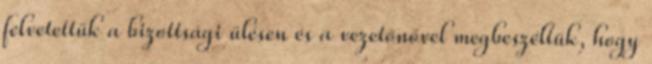
felvetettük a bizottsági ülésen és a vezetőnővel megbeszéltük, hogy